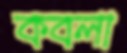
কবলা